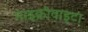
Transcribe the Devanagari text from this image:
माइक्रोवाइटा